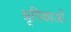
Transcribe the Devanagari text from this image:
श्रृगिकाओं